Annual report on the Civil Veterinary Department, Burma (including the Insein Veterinary School) - 1923-1931
Year: 1923
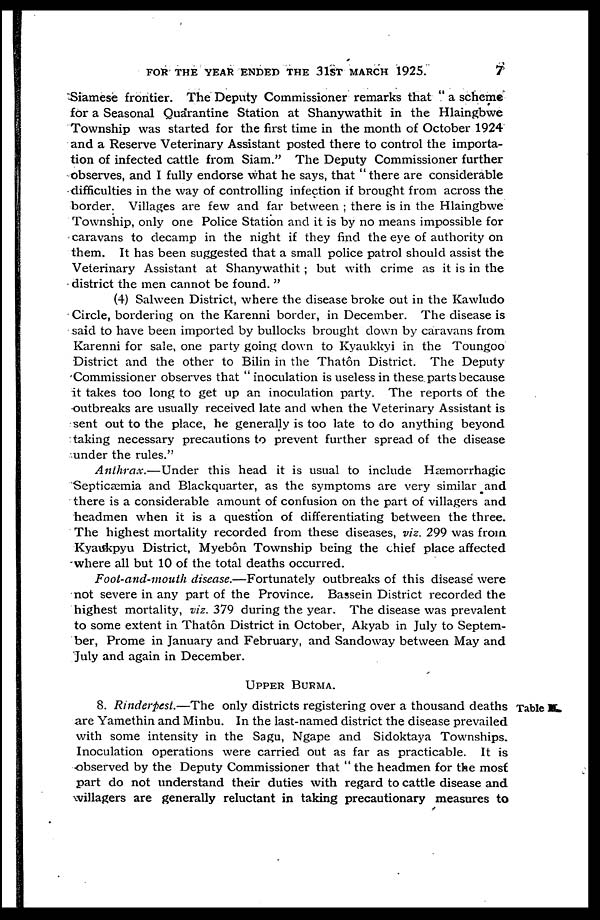
FOR THE YEAR ENDED THE 31ST MARCH 1925.
7
Siamese frontier. The Deputy Commissioner remarks that " a scheme
for a Seasonal Quarantine Station at Shanywathit in the Hlaingbwe
Township was started for the first time in the month of October 1924
and a Reserve Veterinary Assistant posted there to control the importa-
tion of infected cattle from Siam." The Deputy Commissioner further
observes, and I fully endorse what he says, that "there are considerable
difficulties in the way of controlling infection if brought from across the
border. Villages are few and far between ; there is in the Hlaingbwe
Township, only one Police Station and it is by no means impossible for
caravans to decamp in the night if they find the eye of authority on
them. It has been suggested that a small police patrol should assist the
Veterinary Assistant at Shanywathit ; but with crime as it is in the
district the men cannot be found. "
(4) Salween District, where the disease broke out in the Kawludo
Circle, bordering on the Karenni border, in December. The disease is
said to have been imported by bullocks brought down by caravans from
Karenni for sale, one party going down to Kyaukkyi in the Toungoo
District and the other to Bilin in the Thatôn District. The Deputy
Commissioner observes that " inoculation is useless in these parts because
it takes too long to get up an inoculation party. The reports of the
outbreaks are usually received late and when the Veterinary Assistant is
sent out to the place, he generally is too late to do anything beyond
taking necessary precautions to prevent further spread of the disease
under the rules."
Anthrax.—Under
this head it is usual to include Hæmorrhagic
Septicæmia and Blackquarter, as the symptoms are very similar and
there is a considerable amount of confusion on the part of villagers and
headmen when it is a question of differentiating between the three.
The highest mortality recorded from these diseases, viz. 299 was from
Kyaukpyu District, Myebôn Township being the chief place affected
where all but 10 of the total deaths occurred.
Foot-and-mouth disease.—Fortunately outbreaks of this disease were
not severe in any part of the Province. Bassein District recorded the
highest mortality, viz. 379 during the year. The disease was prevalent
to some extent in Thatôn District in October, Akyab in July to Septem-
ber, Prome in January and February, and Sandoway between May and
July and again in December.
UPPER BURMA.
Table II.
8. Rinderpest.—The only districts registering over a thousand deaths
are Yamethin and Minbu. In the last-named district the disease prevailed
with some intensity in the Sagu, Ngape and Sidoktaya Townships.
Inoculation operations were carried out as far as practicable. It is
observed by the Deputy Commissioner that " the headmen for the most
part do not understand their duties with regard to cattle disease and
willagers are generally reluctant in taking precautionary measures to